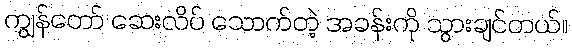
ကျွန်တော် ဆေးလိပ် သောက်တဲ့ အခန်းကို သွားချင်တယ်။